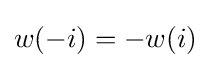
w(-i)=-w(i)